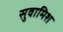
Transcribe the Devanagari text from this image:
सुवामिश